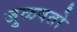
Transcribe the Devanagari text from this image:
जुळवतो